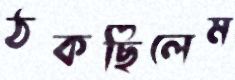
ঠকছিলেম